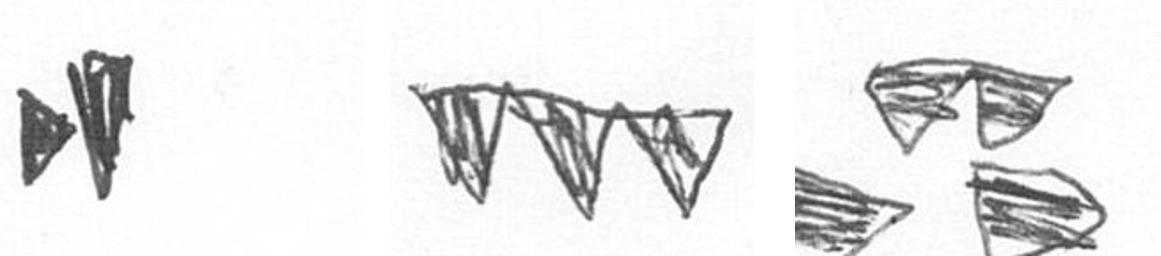
M L B